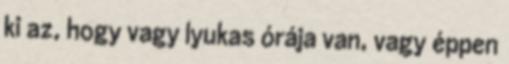
ki az, hogy vagy lyukas órája van, vagy éppen